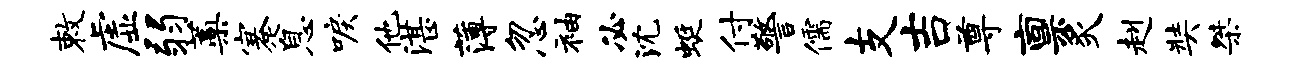
敕虚弱蒿蹇息唳他湛薄忽袖必沈蜓付警儒支吉尊禀炙赳奘桀